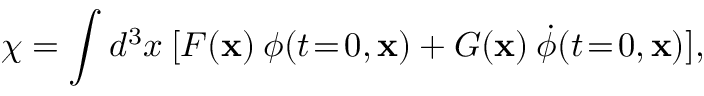
\chi = \int d ^ { 3 } x \: [ F ( \mathbf { x } ) \: \phi ( t \! = \! 0 , \mathbf { x } ) + G ( \mathbf { x } ) \: \dot { \phi } ( t \! = \! 0 , \mathbf { x } ) ] ,